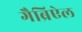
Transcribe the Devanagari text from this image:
गैब्रिऐल